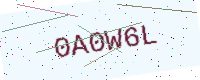
Text: 0A0W6L